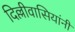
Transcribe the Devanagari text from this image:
दिल्लीवासियांनी